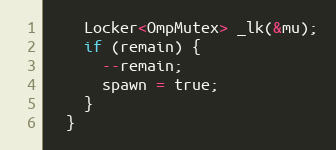
Language: C++
    Locker<OmpMutex> _lk(&mu);
    if (remain) {
      --remain;
      spawn = true;
    }
  }